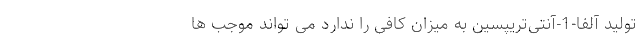
تولید آلفا-1-آنتی‌تریپسین به میزان کافی را ندارد می تواند موجب ها